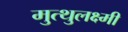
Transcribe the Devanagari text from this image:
मुत्थुलक्ष्मी